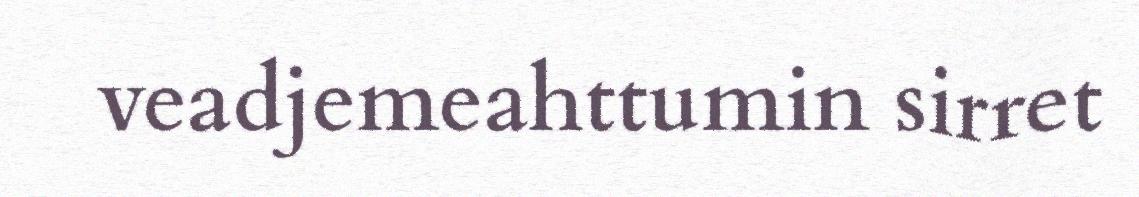
veadjemeahttumin sirret